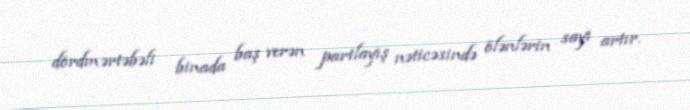
dördmərtəbəli binada baş verən partlayış nəticəsində ölənlərin sayı artır.